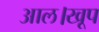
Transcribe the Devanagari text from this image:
आल।खूप